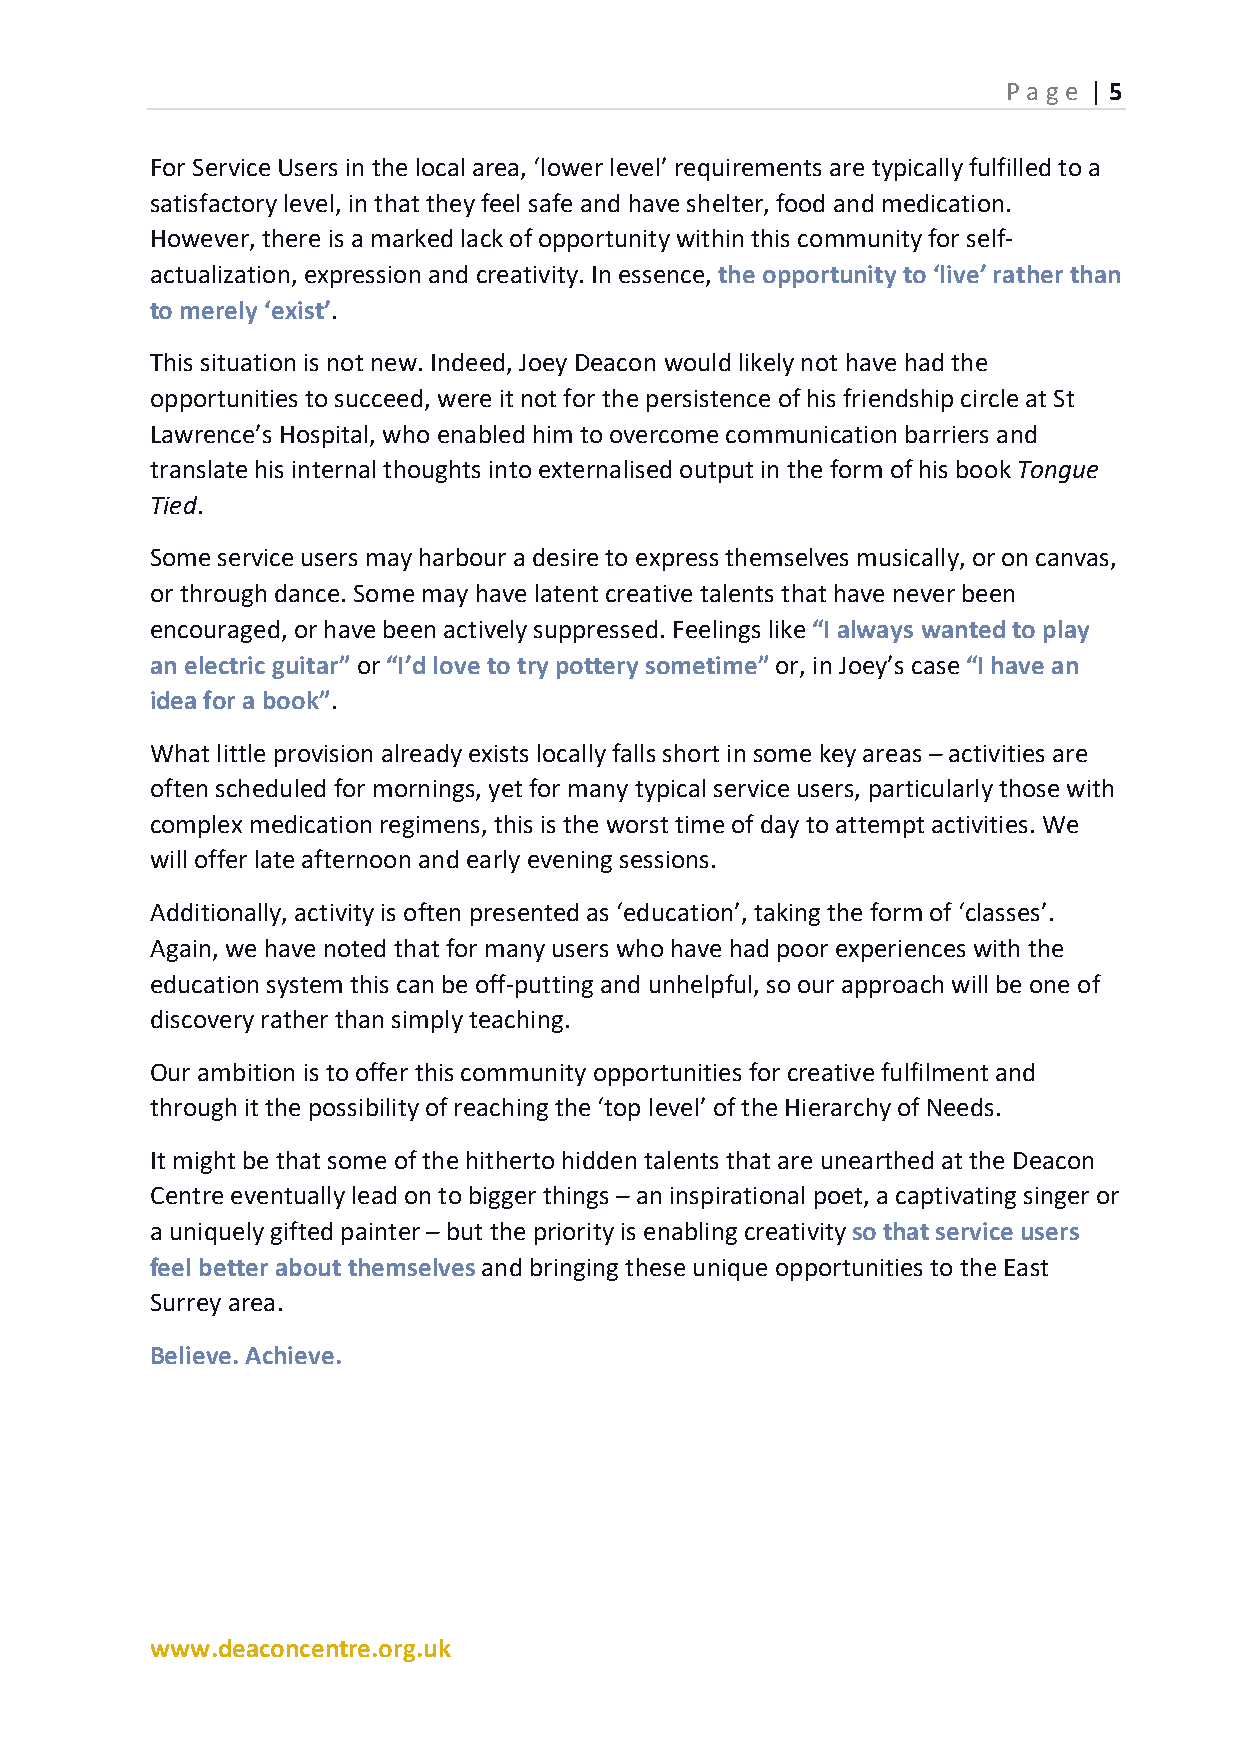
P ag e | 5
 For Service Users in the local area, ‘lower level’ requirements are typically fulfilled to a
 satisfactory level, in that they feel safe and have shelter, food and medication.
 However, there is a marked lack of opportunity within this community for self-
 actualization, expression and creativity. In essence, the opportunity to ‘live’ rather than
 to merely ‘exist’.
 This situation is not new. Indeed, Joey Deacon would likely not have had the
 opportunities to succeed, were it not for the persistence of his friendship circle at St
 Lawrence’s Hospital, who enabled him to overcome communication barriers and
 translate his internal thoughts into externalised output in the form of his book Tongue
 Tied.
 Some service users may harbour a desire to express themselves musically, or on canvas,
 or through dance. Some may have latent creative talents that have never been
 encouraged, or have been actively suppressed. Feelings like “I always wanted to play
 an electric guitar” or “I’d love to try pottery sometime” or, in Joey’s case “I have an
 idea for a book”.
 What little provision already exists locally falls short in some key areas – activities are
 often scheduled for mornings, yet for many typical service users, particularly those with
 complex medication regimens, this is the worst time of day to attempt activities. We
 will offer late afternoon and early evening sessions.
 Additionally, activity is often presented as ‘education’, taking the form of ‘classes’.
 Again, we have noted that for many users who have had poor experiences with the
 education system this can be off-putting and unhelpful, so our approach will be one of
 discovery rather than simply teaching.
 Our ambition is to offer this community opportunities for creative fulfilment and
 through it the possibility of reaching the ‘top level’ of the Hierarchy of Needs.
 It might be that some of the hitherto hidden talents that are unearthed at the Deacon
 Centre eventually lead on to bigger things – an inspirational poet, a captivating singer or
 a uniquely gifted painter – but the priority is enabling creativity so that service users
 feel better about themselves and bringing these unique opportunities to the East
 Surrey area.
 Believe. Achieve.
 www.deaconcentre.org.uk